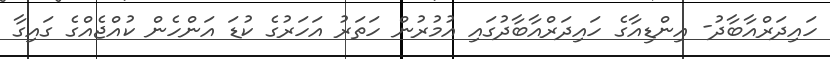
ހައިދަރްއާބާދު- އިންޑިއާގެ ހައިދަރްއާބާދުގައި އުމުރުން ހަތަރު އަހަރުގެ ކުޑަ އަންހެން ކުއްޖެއްގެ ގައިގާ